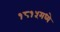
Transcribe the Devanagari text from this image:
१८१५मध्ये